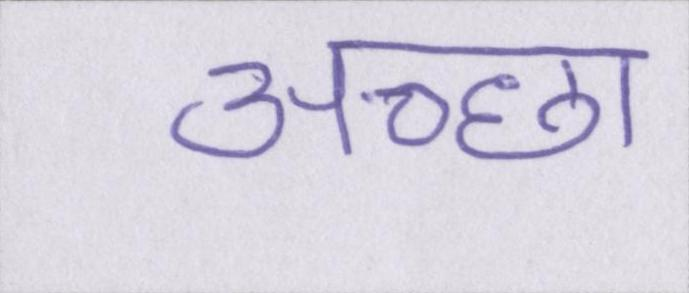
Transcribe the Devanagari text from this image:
अच्छा